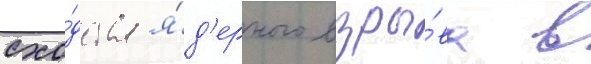
схо́дства я́д'ерного взры́ва в